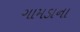
ગામડાના